Medical and sanitary report of the native army of Bengal for the year
Year: 1874
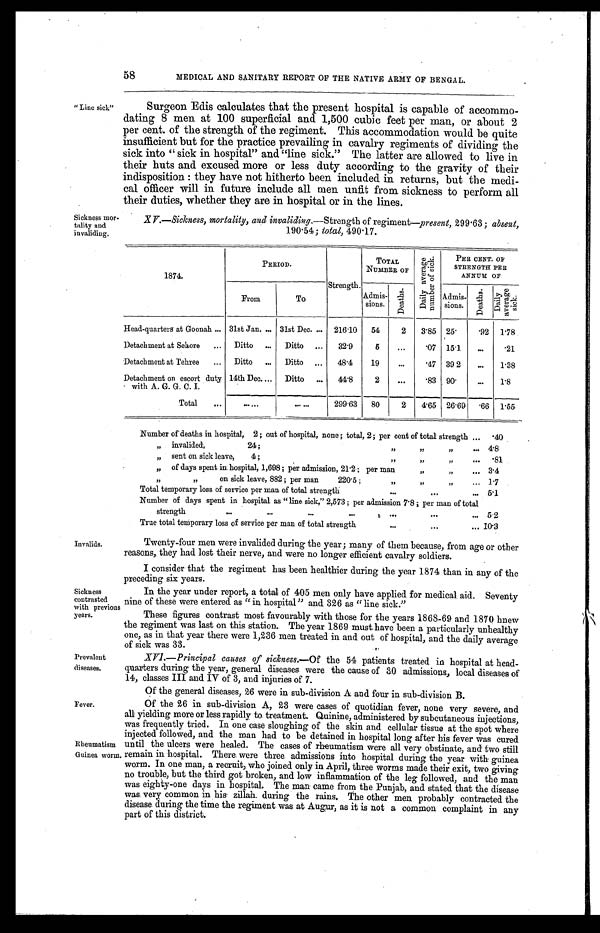
58
MEDICAL AND SANITARY REPORT OF THE NATIVE ARMY OF BENGAL.
"Line sick"
Sickness mor
-tality and
invaliding.
Surgeon Edis calculates that the present hospital is capable of accommo
-dating 8 men at 100 superficial and 1,500 cubic feet per man, or about 2
per cent. of the strength of the regiment. This accommodation would be quite
insufficient but for the practice prevailing in cavalry regiments of dividing the
sick into "sick in hospital" and "line sick." The latter are allowed to live in
their huts and excused more or less duty according to the gravity of their
indisposition: they have not hitherto been included in returns, but the medi
-cal officer will in future include all men unfit from sickness to perform all
their duties, whether they are in hospital or in the lines.
XV.—Sickness, mortality, and invaliding .—Strength of regiment—present, 299.63; absent,
190.54; total, 490.17.
1874.
PERIOD.
Strength.
TOTAL
NUMBER OF
D a i l y a v e r a g e n u m b e r o f s i c k .
PER CENT. OF
STRENGTH PER
ANNUM OF
From
To
Admis-
sions.
D e a t h s .
Admis-
sions.
D e a t h s .
D a i l y a v e r a g e s i c k .
Head-quarters at Goonah . . . 31st Jan . . . 31st Dec . . . 216.10
54
2
3.85 25.
.92
1.78
Detachment at Sehore . . .
Ditto . . .
Ditto . . .
32.9
5
. . .
.07 15.1
. . .
.21
Detachment at Tehree . . .
Ditto . . .
Ditto . . .
48.4
19
. . .
.47 39.2
. . .
1.38
Detachment on escort duty
with A. G. G. C. I.
14th Dec . . .
Ditto . . .
44.8
2
. . .
. 8 3 90.
. . .
1.8
Total . . .
. . .
. . . 299.63
80
2
4.65
26.69
.66 1.55
Invalids.
Number of deaths in hospital, 2; out of hospital, none; total, 2; per cent of total strength . . .
.40
" invalided, 24; " " " . . .
4.8
" sent on sick leave, 4; " " " . . .
.81
" o f d a y s s p e n t i n h o s p i t a l , 1 , 6 9 8 ; p e r a d m i s s i o n , 2 1 . 2 ; p e r m a n " " . . .
3.4
" " on sick leave, 882; per man 220.5; " " " . . .
1.7
Total temporary loss of service per man of total strength . . .
5.1
Number of days spent in hospital as "line sick," 2,573; per admission 7.8; per man of total
strength . . .
5.2
True total temporary loss of service per man of total strength . . . 10.3
Twenty-four men were invalided during the year; many of them because, from age or other
reasons, they had lost their nerve, and were no longer efficient cavalry soldiers.
I consider that the regiment has been healthier during the year 1874 than in any of the
preceding six years.
Sickness
contrasted
with previous
years.
Prevalent
diseases,
Fever.
Rheumatism
Guinea worm.
In the year under report, a total of 405 men only have applied for medical aid. Seventy
nine of these were entered as "in hospital" and 326 as "line sick."
These figures contrast most favourably with those for the years 1868-69 and 1870 hnew
the, regiment was last on this station. The year 1869 must have been a particularly unhealthy
one, as in that year there were 1,236 men treated in and out of hospital, and the daily average
o f s i c k w a s 3 3 .
XVI .— Principal causes of sickness.—Of the 54 patients treated in hospital at head
-quarters during the year, general diseases were the cause of 30 admissions, local diseases of
14, classes III and IV of 3, and injuries of 7.
Of the general diseases, 26 were in sub-division A and four in sub-division B.
Of the 26 in sub-division A, 23 were cases of quotidian fever, none very severe, and
all yielding more or less rapidly to treatment. Quinine, administered by subcutaneous injections,
was frequently tried. In one case sloughing of the skin and cellular tissue at the spot where
injected followed, and the man had to be detained in hospital long after his fever was cured
until the ulcers were healed. The cases of rheumatism were all very obstinate, and two still
remain in hospital. There, were three admissions into hospital during the year with guinea
worm. In one man, a recruit, who joined only in April, three worms made their exit, two giving
no trouble, but the third got broken, and low inflammation of the leg followed, and the man
was eighty-one days in hospital. The man came from the Punjab, and stated that the disease
was very common in his zillah during the rains. The other men probably contracted the
disease during the time the regiment was at Augur, as it is not a common complaint in any
part of this district.